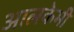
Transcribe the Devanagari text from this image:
आलकेमी